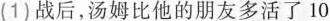
(1)战后，汤姆比他的朋友多活了10